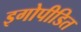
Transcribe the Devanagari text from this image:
इगोपीडित